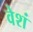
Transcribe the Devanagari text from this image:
वेशं